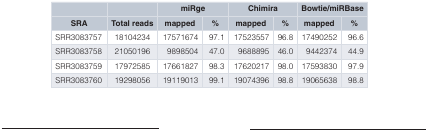
|  |  | <COLSPAN=2> miRge | <COLSPAN=2> Chimira | <COLSPAN=2> Bowtie/miRBase |
 | SRA | Total reads | mapped | % | mapped | % | mapped | % |
 | --- | --- | --- | --- | --- | --- | --- | --- |
 | SRR3083757 | 18104234 | 17571674 | 97.1 | 17523557 | 96.8 | 17490252 | 96.6 |
 | SRR3083758 | 21050196 | 9898504 | 47.0 | 9688895 | 46.0 | 9442374 | 44.9 |
 | SRR3083759 | 17972585 | 17661827 | 98.3 | 17620217 | 98.0 | 17593830 | 97.9 |
 | SRR3083760 | 19298056 | 19119013 | 99.1 | 19074396 | 98.8 | 19065638 | 98.8 |